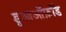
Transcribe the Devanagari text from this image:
डूआऑफ़ॉड